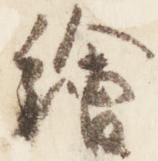
絵